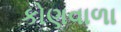
કોણવાળા